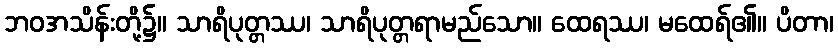
ဘဝအသိန်းတို့၌။ သာရိပုတ္တဿ၊ သာရိပုတ္တရာမည်သော။ ထေရဿ၊ မထေရ်၏။ ပိတာ၊